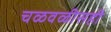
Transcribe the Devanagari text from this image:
चळवळीसही